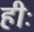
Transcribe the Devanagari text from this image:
हीः